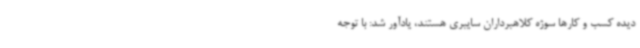
دیده کسب و کارها سوژه کلاهبرداران سایبری هستند، یادآور شد: با توجه